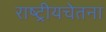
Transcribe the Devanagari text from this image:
राष्ट्रीयचेतना